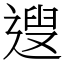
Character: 遚